Indian journal of veterinary science and animal husbandry - Volume 13,
Year: 1943
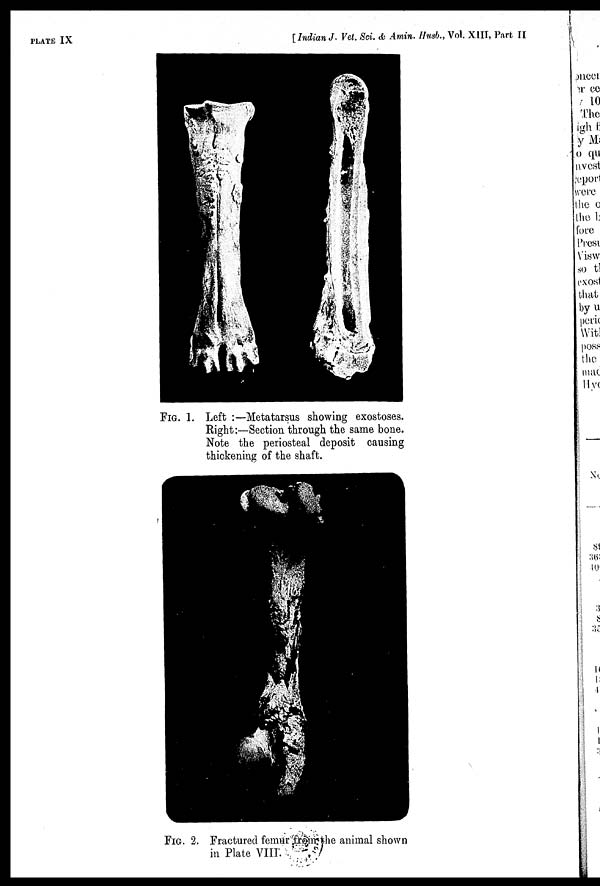
PLATE IX
[Indian J. Vet. Sci. & Amin. Husb., Vol. XIII, Part II
FIG. 1. Left :—Metatarsus showing exostoses.
Right:—Section through the same bone.
Note the periosteal deposit causing
thickening of the shaft.
FIG. 2. Fractured femur from the animal shown
in Plate
VIII.